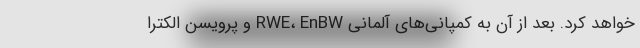
خواهد کرد. بعد از آن به کمپانی‌های آلمانی RWE، EnBW و پرویسن الکترا